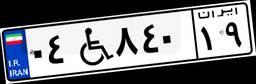
۰۴W۸۴۰۱۹